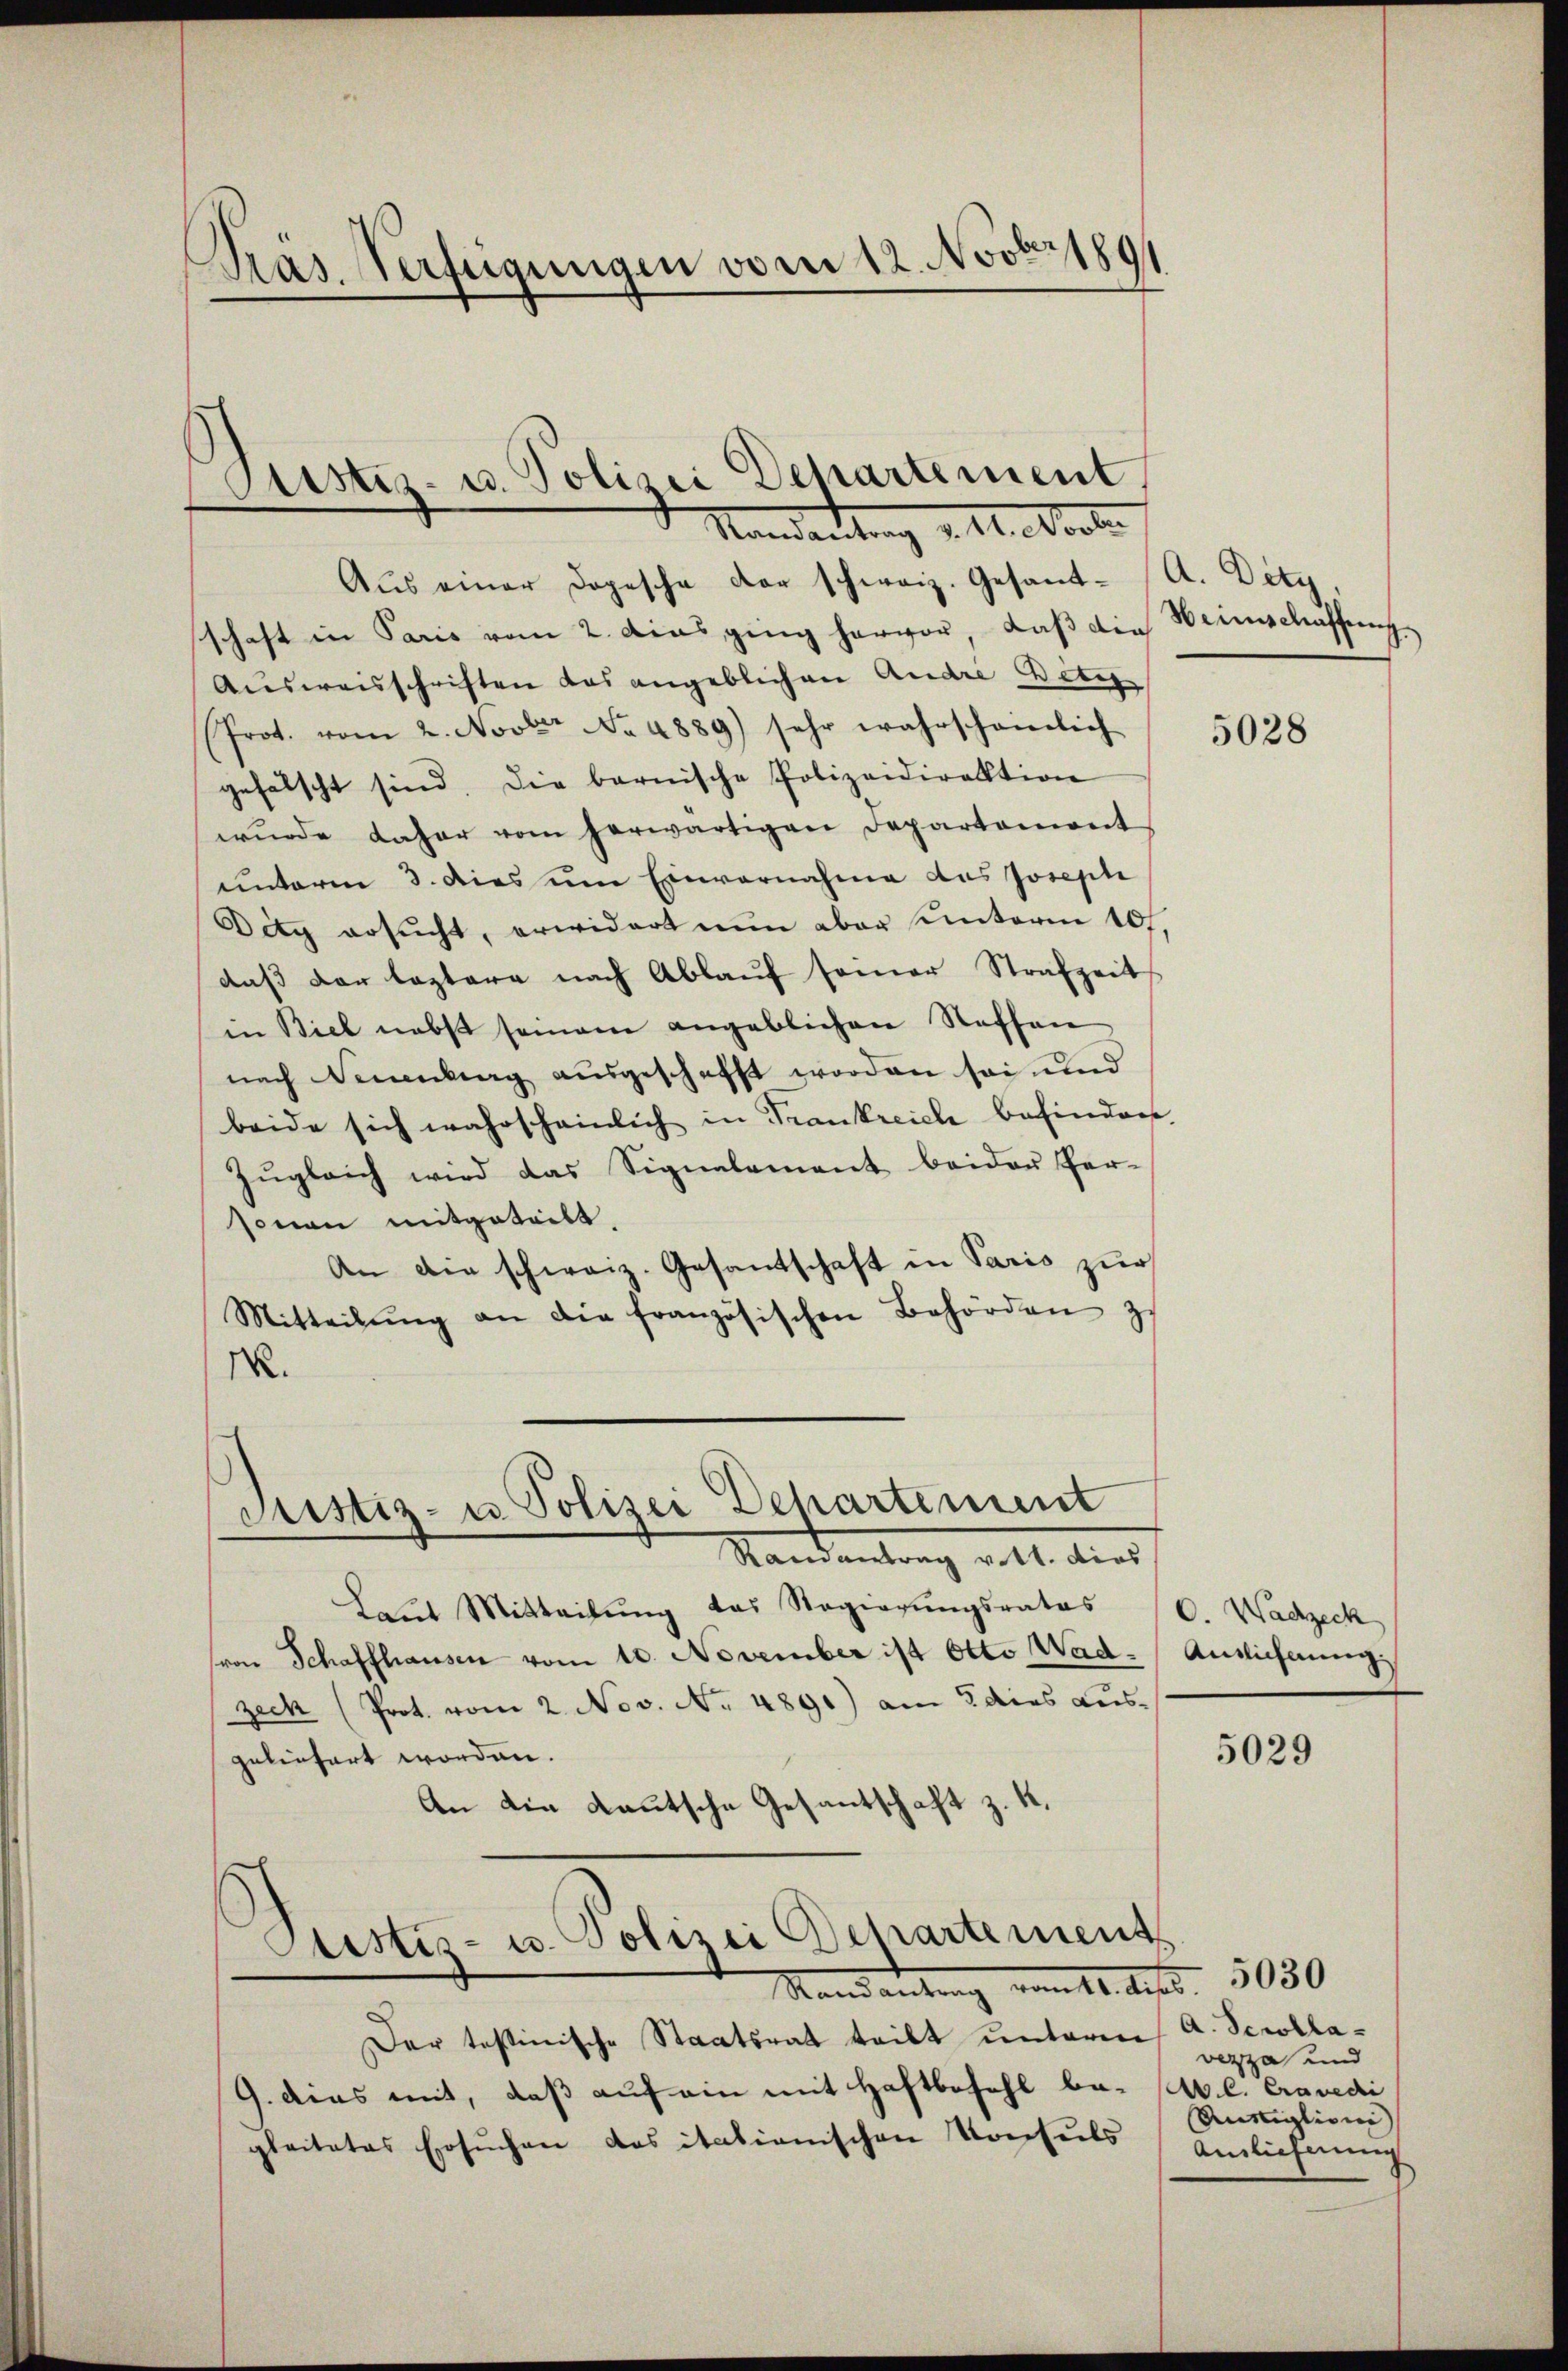
Pras Verfügungen vom 12. Novbr. 1891

Justiz- u. Polizei Departement
Mandantung v. M. erle

Aus einer dopesche der schweiz. Gesandt- A. Dety
schaft in Paris vom 2. das ging hervor, daß die Weinschaffung
Ausweisschriften das angeblichen Andre petiz
Prot. vom 2. Novbr No 4889) sehr wahrschämlich
gefälscht sind. Die barnische Polizeidirektion
wŭrde daher vom herwärtigen Departement
unterm 3. dies um Einvernahme des Josephi
Dity ersucht, erwidert nun aber unterm 107.
daβ der leztere nach Ablaŭf seiner Strafzeit
in Biel nebst seinem angeblichen Stoffen
nach Neuenburg ausgeschafft worden sei und
beide sich wahrscheinlich in Trankreich befindert.
Zŭgleich wird das Signalement beider Per-
sonen mitgeteilt.
An die schweiz. Gesandtschaft in Paris zur
Mitteilŭng an die französischen Behörden zu
IX.
Justiz- u Polizei Dehartement
Standentrag voll dies
Laut Mitteilŭng das Regierŭngsrates (C. Wacheck
ron Schaffhausen vom 10. November ist Otto Wad: Auslicherung
zeck (Prot. vom 2. Nov. No. 4891) am 5 dies ausgeliefert worden.
An die Kautsche Gesantschaft z. K.

Ctistiz- u. Polizei Departement
Mandantrag vom 11. Aufl. 5080

Der testinische Staatsrat teilt unterm A. Scrolla-
G. dies mit, daß auf ein mit Haftbefehl be-
gleitetes Ersuchen das itationischen Konsuls

5028

5029

vezza und
Av. l. Cravedi
Rumiglioni |
Anlicherung